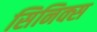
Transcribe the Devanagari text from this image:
सिनिक्स